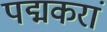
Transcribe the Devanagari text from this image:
पद्मकरां